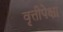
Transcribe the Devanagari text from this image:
वृत्तीपेक्षा